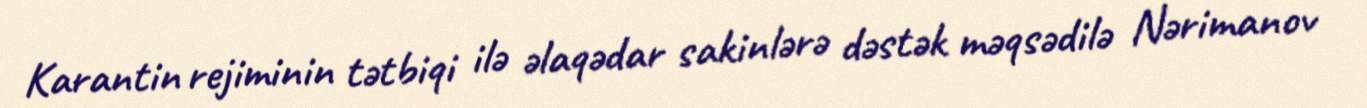
Karantin rejiminin tətbiqi ilə əlaqədar sakinlərə dəstək məqsədilə Nərimanov